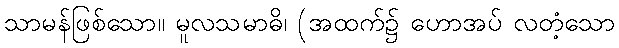
သာမန်ဖြစ်သော။ မူလသမာဓိ၊ (အထက်၌ ဟောအပ် လတံ့သော